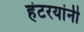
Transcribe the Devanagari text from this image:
हंटरयांनी